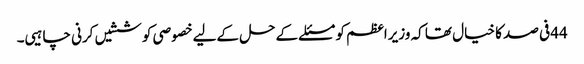
44فی صد کا خیال تھا کہ وزیراعظم کو مسئلے کےحل کےلیےخصوصی کوششیں کرنی چاہیی۔